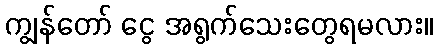
ကျွန်တော် ငွေ အရွက်သေးတွေရမလား။